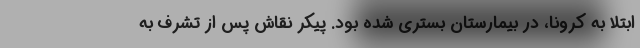
ابتلا به کرونا، در بیمارستان بستری شده بود. پیکر نقاش پس از تشرف به